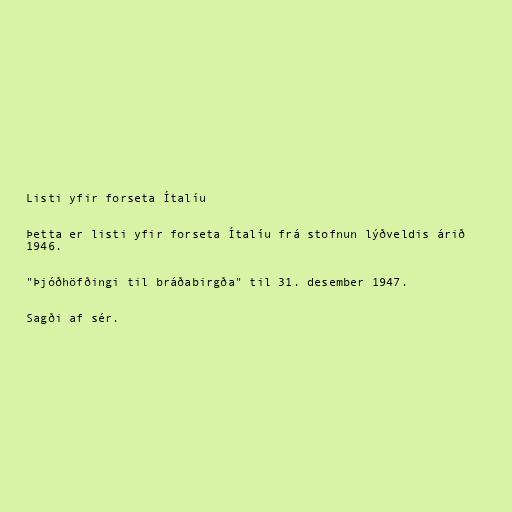
Listi yfir forseta Ítalíu

Þetta er listi yfir forseta Ítalíu frá stofnun lýðveldis árið
1946.

"Þjóðhöfðingi til bráðabirgða" til 31. desember 1947.

Sagði af sér.